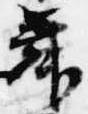
舞